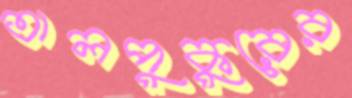
তালপুকুরের